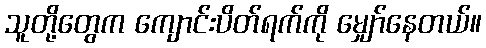
သူတို့တွေက ကျောင်းပိတ်ရက်ကို မျှော်နေတယ်။